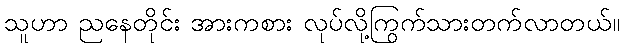
သူဟာ ညနေတိုင်း အားကစား လုပ်လို့ကြွက်သားတက်လာတယ်။